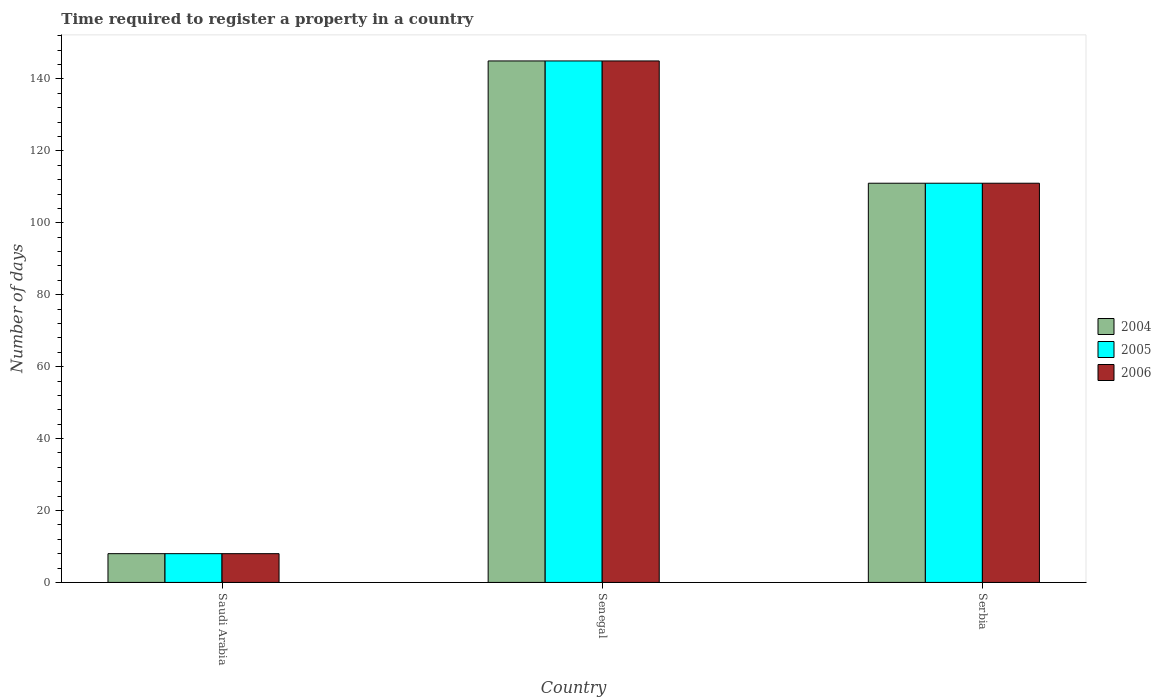
| Country | 2004 | 2005 | 2006 |
 | --- | --- | --- | --- |
 | Saudi Arabia | 8 | 8 | 8 |
 | Senegal | 145 | 145 | 145 |
 | Serbia | 111 | 111 | 111 |